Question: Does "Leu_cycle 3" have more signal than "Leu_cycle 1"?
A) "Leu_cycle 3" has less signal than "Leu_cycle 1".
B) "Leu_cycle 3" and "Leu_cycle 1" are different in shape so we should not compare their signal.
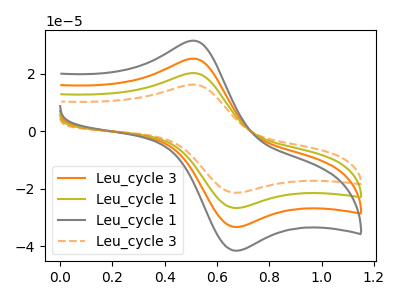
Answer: <think>The orange curve "Leu_cycle 3" has an anodic peak at (0.50V, 40.45uA) and a cathodic peak at (0.65V, -53.35uA). The olive curve "Leu_cycle 1" has an anodic peak at (0.50V, 20.20uA) and a cathodic peak at (0.65V, -26.70uA). The gray curve "Leu_cycle 1" has an anodic peak at (0.50V, 60.65uA) and a cathodic peak at (0.65V, -80.05uA). The orange dashed curve "Leu_cycle 3" has an anodic peak at (0.50V, 16.20uA) and a cathodic peak at (0.65V, -21.40uA).
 All the peaks in "Leu_cycle 3" have a peak in "Leu_cycle 1" at the same potential. Every peak in "Leu_cycle 3" is lower than every peak in "Leu_cycle 1".</think>
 <answer>A) "Leu_cycle 3" has less signal than "Leu_cycle 1".</answer>
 <eval>A</eval>